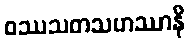
ဝဿသတသဟဿာနိ